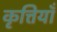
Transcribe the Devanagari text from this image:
कृत्तियाँ